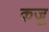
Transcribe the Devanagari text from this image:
कजु